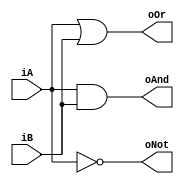
`timescale 1ns / 1ps
//////////////////////////////////////////////////////////////////////////////////
// Company: 
// Engineer: 
// 
// Design Name: 
// Module Name: logic_gates_3
// Project Name: 
// Target Devices: 
// Tool Versions: 
// Description: 
// 
// Dependencies: 
// 
// Revision:
// Revision 0.01 - File Created
// Additional Comments:
// 
//////////////////////////////////////////////////////////////////////////////////


module logic_gates_3( iA, iB,oAnd,oOr,oNot );
   input iA,iB;
   output reg oAnd,oOr,oNot;
   always @ (*)
   begin
      oAnd = iA & iB;
      oOr = iA | iB;
      oNot = ~iA;
   end
endmodule